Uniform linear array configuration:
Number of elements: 32
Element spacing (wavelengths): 0.5
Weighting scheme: uniform
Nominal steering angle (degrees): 60
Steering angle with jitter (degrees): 58.614
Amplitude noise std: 0.05
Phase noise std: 0.05

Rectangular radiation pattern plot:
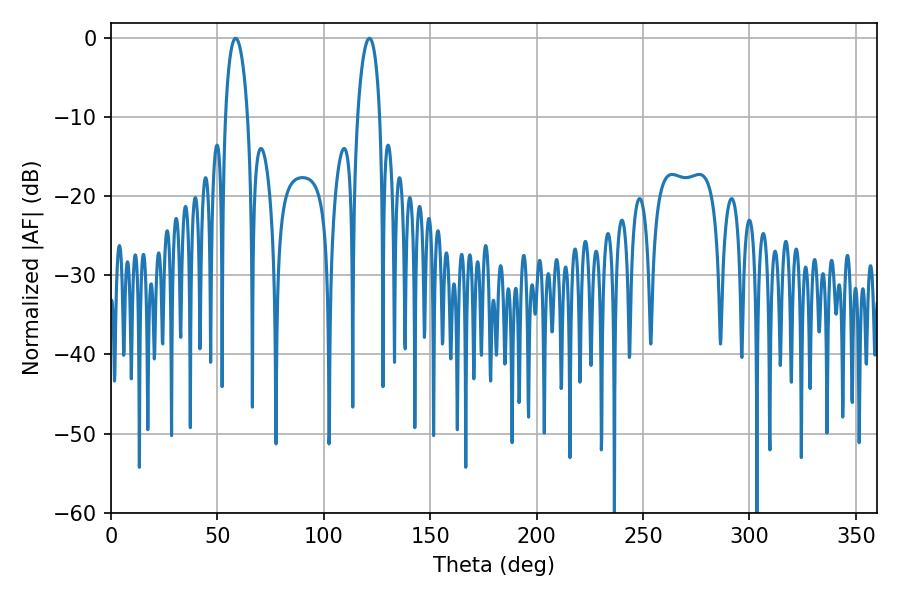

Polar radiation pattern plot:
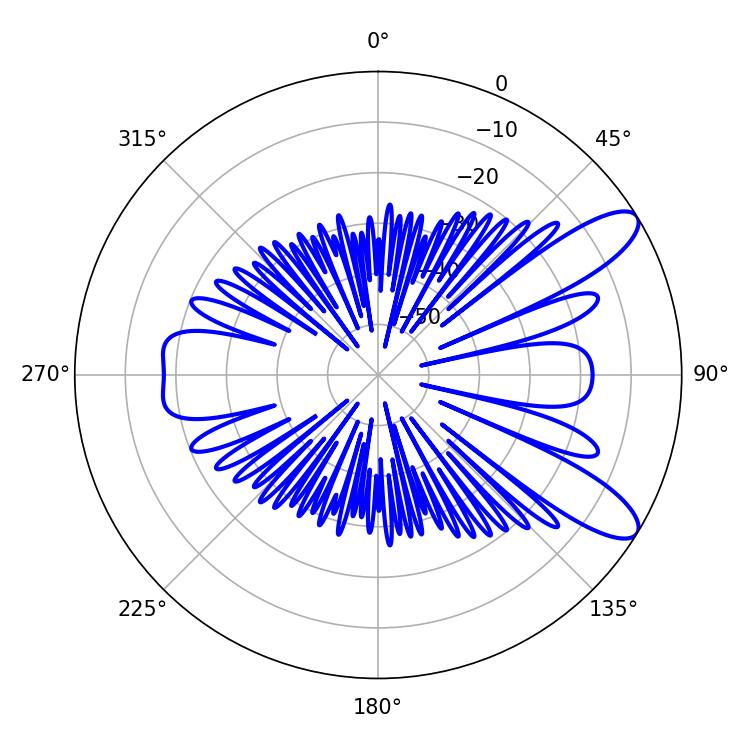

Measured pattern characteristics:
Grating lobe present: FALSE
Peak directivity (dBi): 10.135
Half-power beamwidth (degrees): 5.94
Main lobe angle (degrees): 121.5